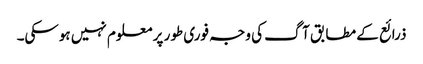
ذرائع کے مطابق آگ کی وجہ فوری طور پر معلوم نہیں ہوسکی۔